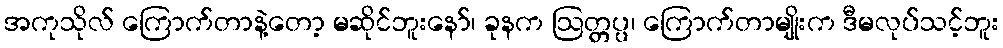
အကုသိုလ် ကြောက်တာနဲ့တော့ မဆိုင်ဘူးနော်၊ ခုနက ဩတ္တပ္ပ၊ ကြောက်တာမျိုးက ဒီမလုပ်သင့်ဘူး